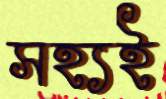
সহ্যই